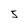
Character: 5